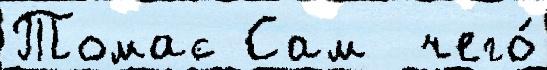
Томас Сам  чего́